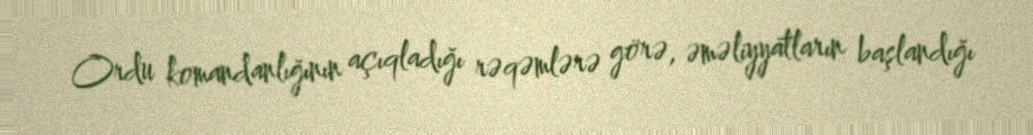
Ordu komandanlığının açıqladığı rəqəmlərə görə, əməliyyatların başlandığı